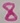
Text: 8